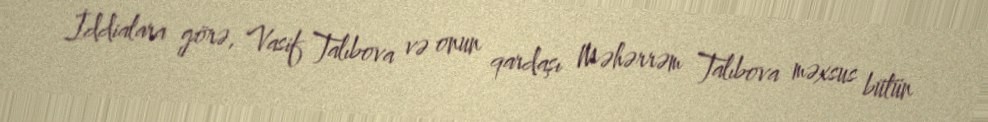
İddialara görə, Vasif Talıbova və onun qardaşı Məhərrəm Talıbova məxsus bütün